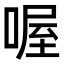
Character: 喔